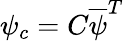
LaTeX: \psi_{c}=C{\overline{{\psi}}}^{T}